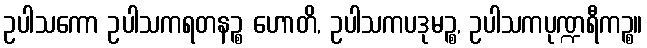
ဥပါသကော ဥပါသကရတနဉ္စ ဟောတိ, ဥပါသကပဒုမဉ္စ, ဥပါသကပုဏ္ဍရီကဉ္စ။